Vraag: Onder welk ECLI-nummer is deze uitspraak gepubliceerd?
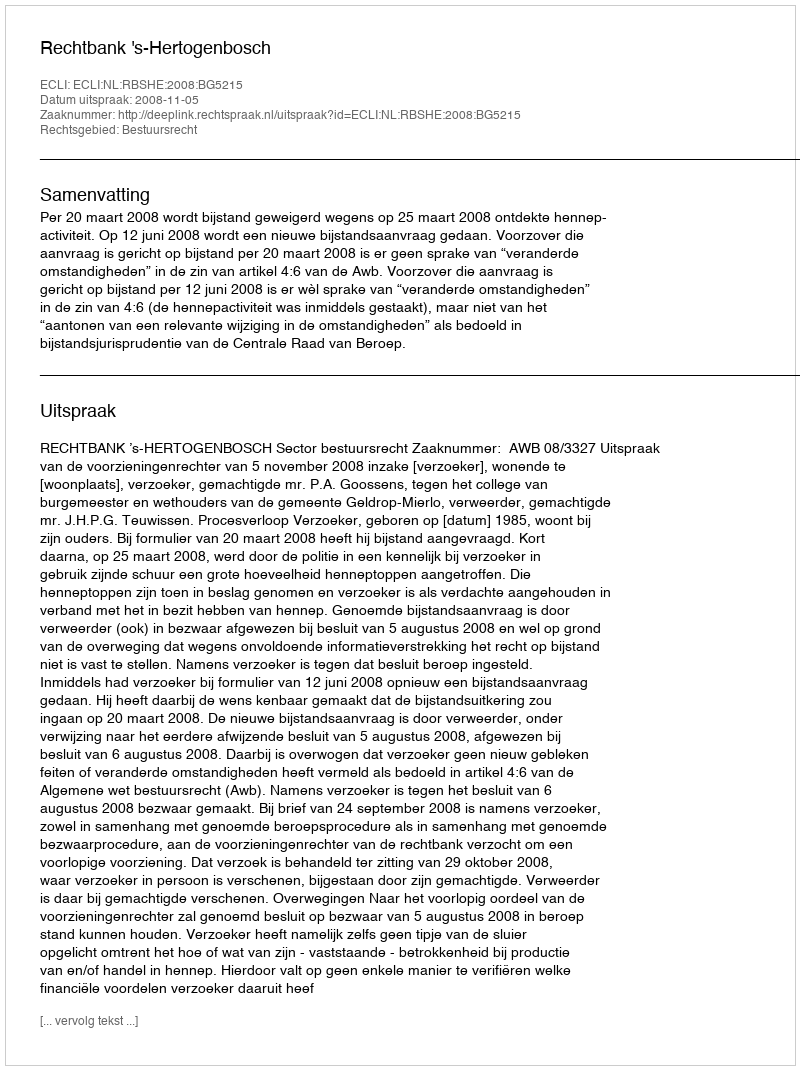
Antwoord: ECLI:NL:RBSHE:2008:BG5215